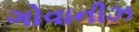
ગોવાનીઝ